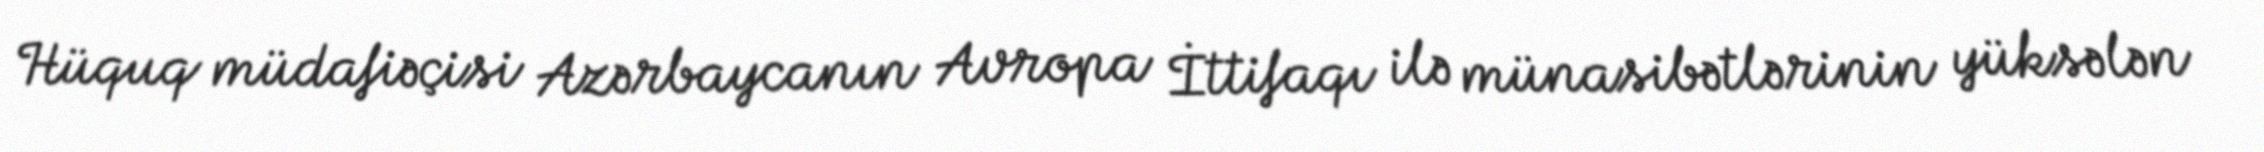
Hüquq müdafiəçisi Azərbaycanın Avropa İttifaqı ilə münasibətlərinin yüksələn